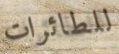
للطائرات